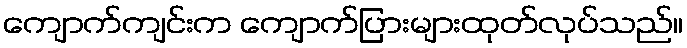
ကျောက်ကျင်းက ကျောက်ပြားများထုတ်လုပ်သည်။